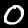
Digit: 0